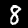
Digit: 8